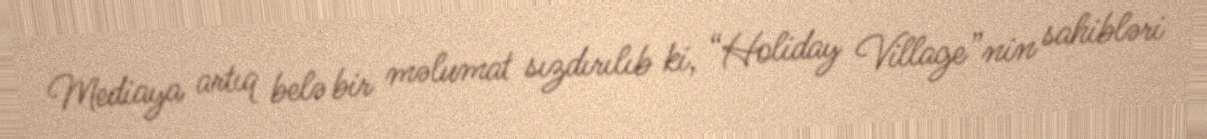
Mediaya artıq belə bir məlumat sızdırılıb ki, “Holiday Village”nin sahibləri